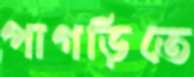
পাগড়িতে